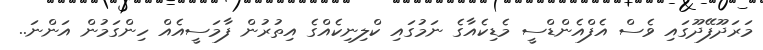
މަރަދޫފޭދޫގައި ވެސް އެފްއެންޑްސީ މެޑިކެއާގެ ނަމުގައި ކްލިނިކެއްގެ އިތުރުން ފާމަސީއެއް ހިންގަމުން އަންނަ..